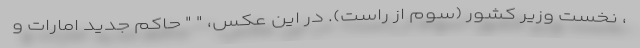
، نخست وزیر کشور (سوم از راست). در این عکس، " " حاکم جدید امارات و